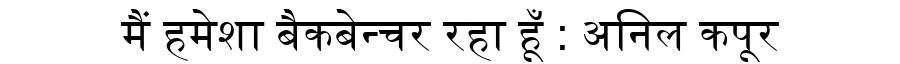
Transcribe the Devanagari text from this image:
मैं हमेशा बैकबेन्चर रहा हूँ : अनिल कपूर